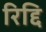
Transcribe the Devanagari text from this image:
रिद्दि